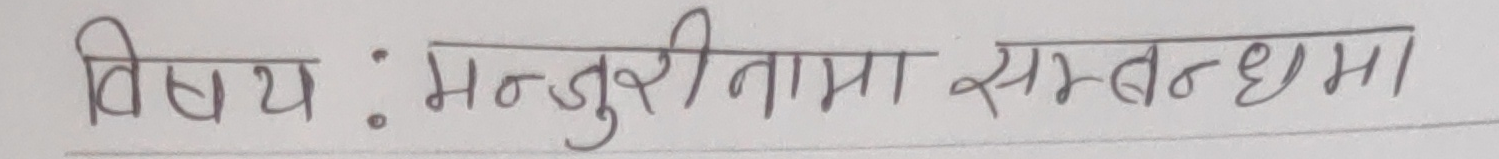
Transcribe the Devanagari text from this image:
विषय : मन्जुरीनामा सम्बन्धमा